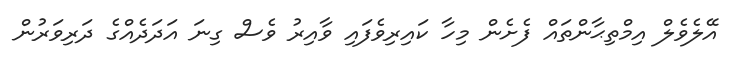
އޭލެވެލް އިމްތިޙާންތައް ފެށެން މިހާ ކައިރިވެފައި ވާއިރު ވެސް ގިނަ އަދަދެއްގެ ދަރިވަރުން